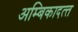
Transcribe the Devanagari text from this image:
अम्बिकादत्‍त